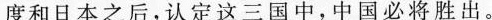
度和日本之后，认定这三国中，中国必将 胜出。